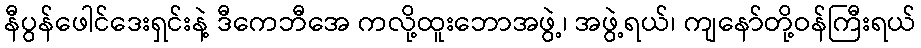
နီပွန်ဖေါင်ဒေးရှင်းနဲ့ ဒီကေဘီအေ ကလို့ထူးဘောအဖွဲ့၊ အဖွဲ့ရယ်၊ ကျနော်တို့ဝန်ကြီးရယ်